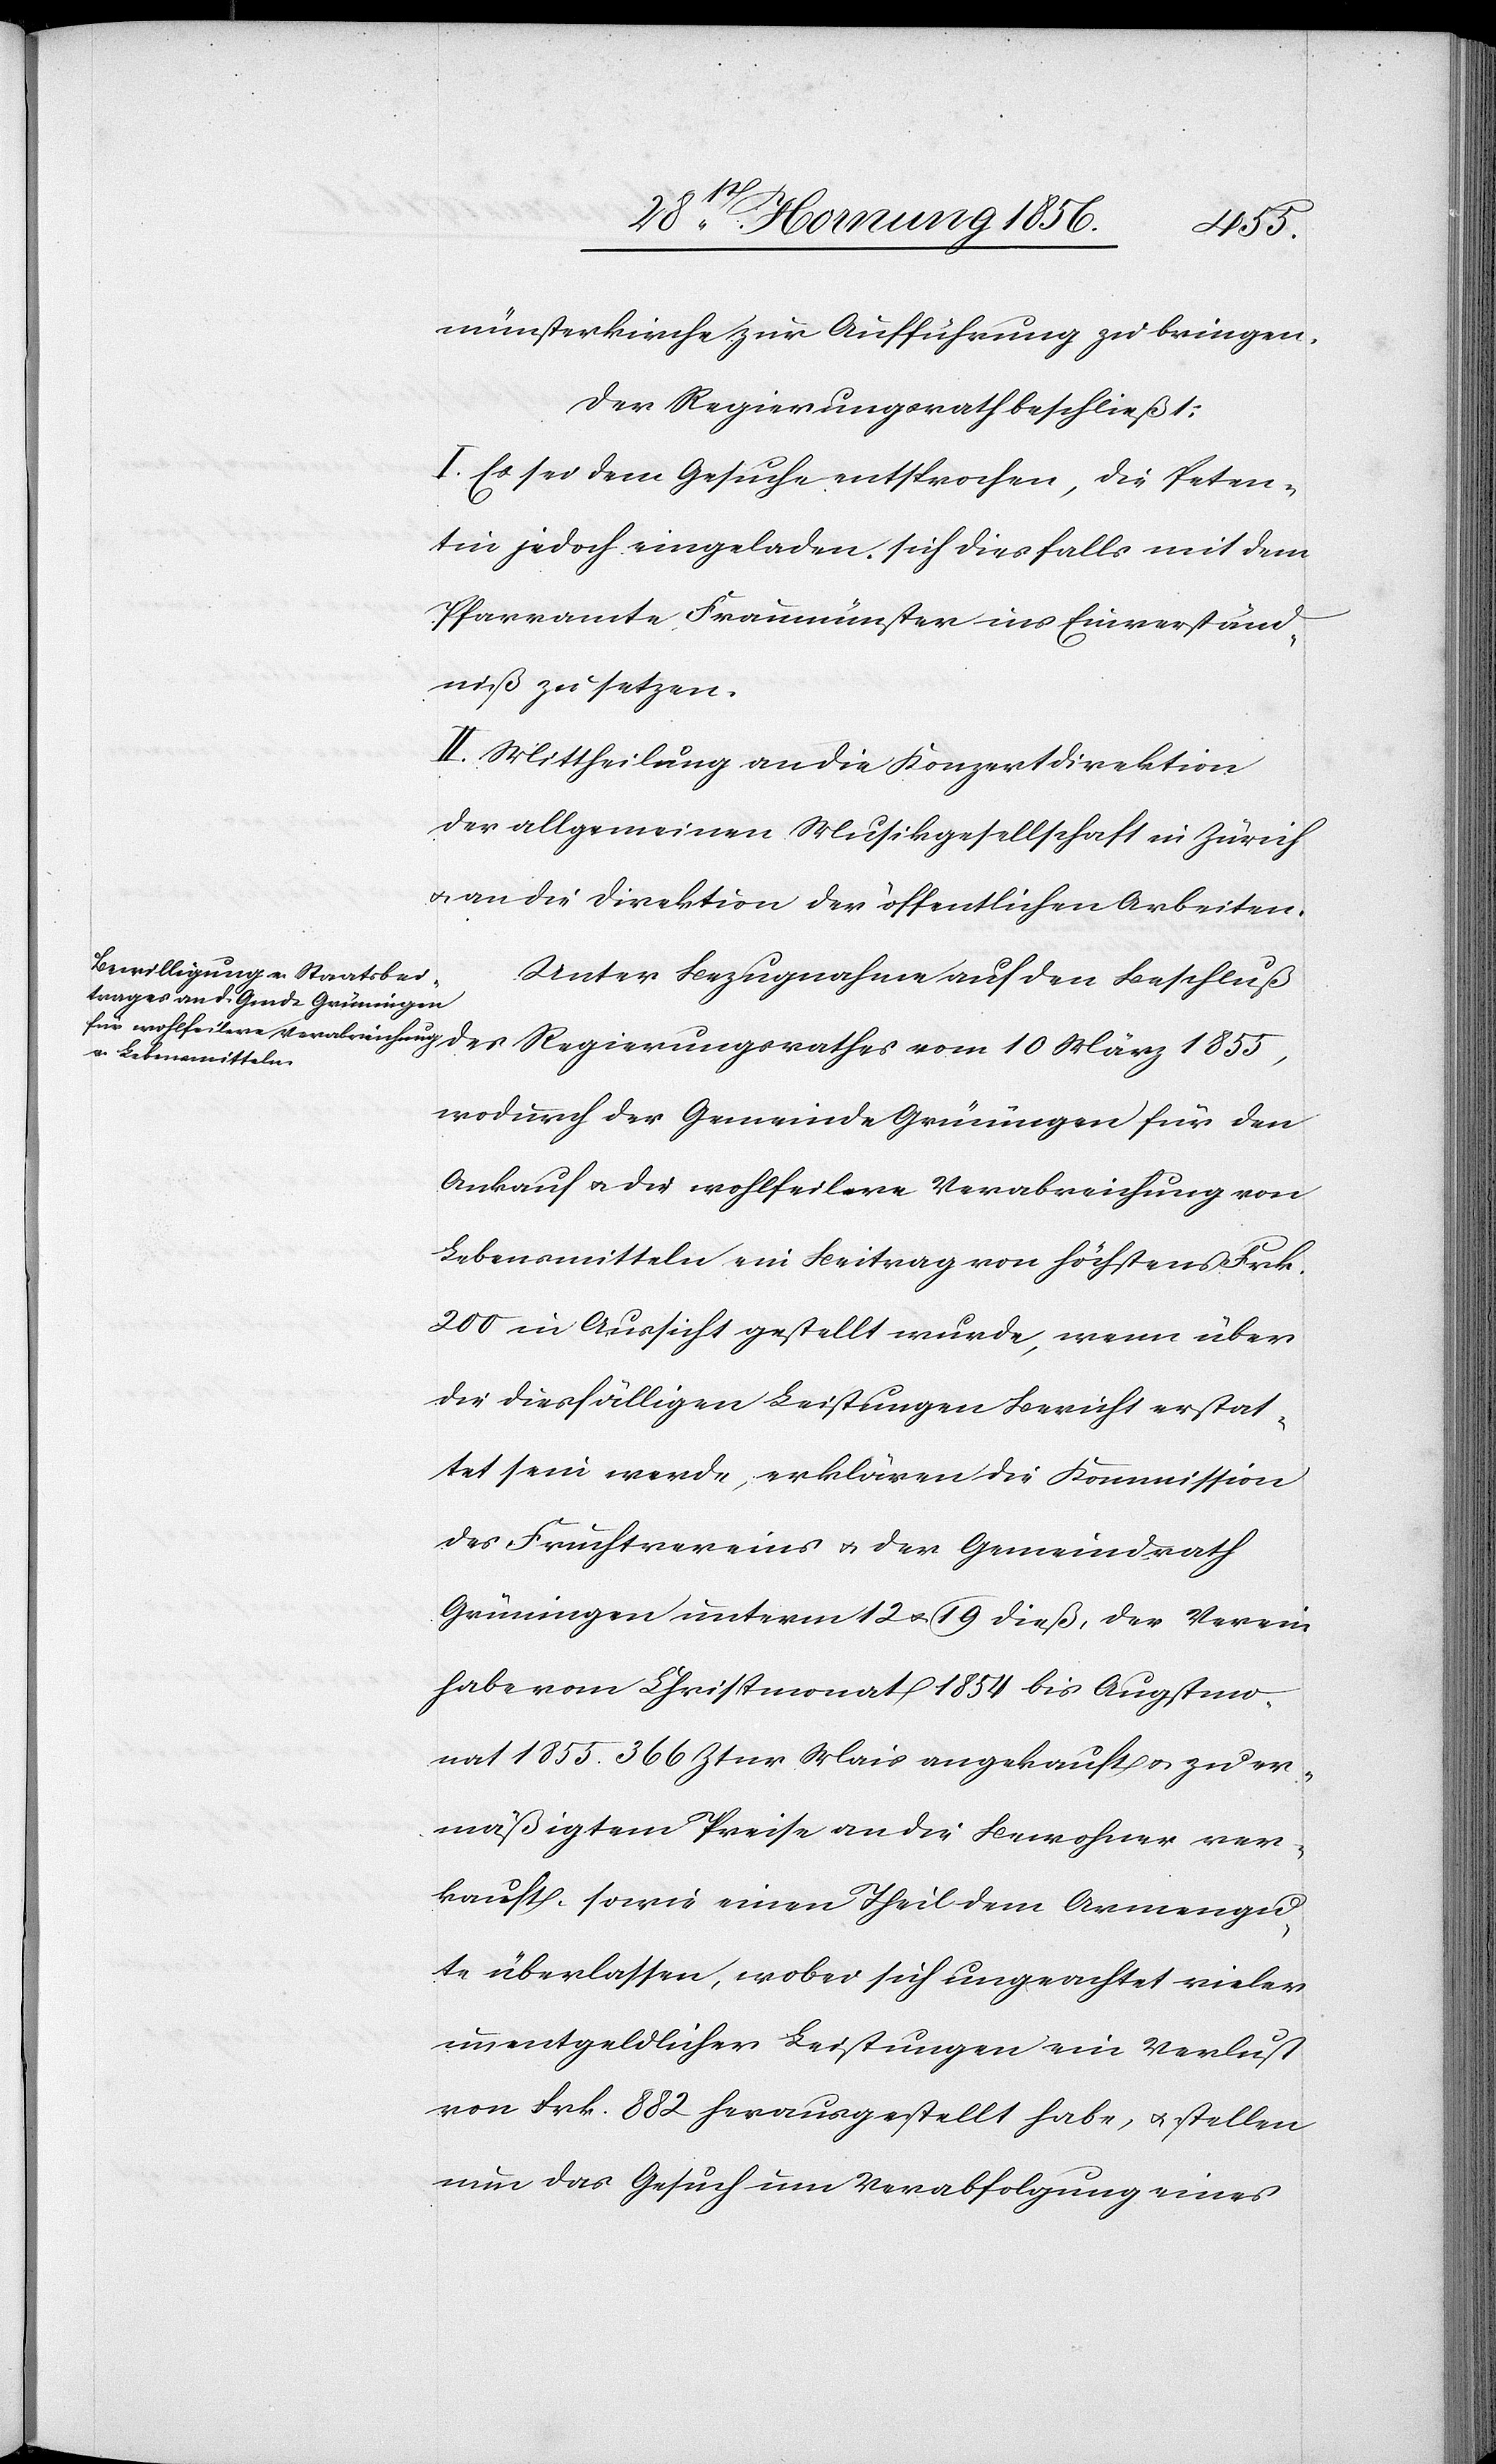
1855,
münsterkirche zur Aufführung zu bringen.
Der Regierungsrath beschließt:
I. Es sei dem Gesuche entsprochen, die Peten¬
tin jedoch eingeladen, sich diesfalls mit dem
Pfarramte Fraumünster ins Einverständ¬
niß zu setzen.
II. Mittheilung an die Konzertdirektion
der allgemeinen Musikgesellschaft in Zürich
u. an die Direktion der öffentlichen Arbeiten.
Unter Bezugnahme auf den Beschluß
wodurch der Gemeinde Grüningen für den
Ankauf u. die wohlfeilere Verabreichung von
Lebensmitteln ein Beitrag von höchstens Frk.
200 in Aussicht gestellt wurde, wenn über
die diesfälligen Leistungen Bericht erstat¬
tet sein werde, erklären die Kommission
des Fruchtvereins u. der Gemeindrath
Grüningen unterm 12 u. 19 dieß, der Verein
habe vom Christmonat 1854 bis Augstmo¬
nat 1855. 366 Ztnr Mais angekauft u. zu er¬
mäßigtem Preise an die Bewohner ver¬
kauft, sowie einen Theil dem Armengu¬
te überlassen, wobei sich ungeachtet vieler
unentgeldlicher Leistungen ein Verlust
von Frk. 882 herausgestellt habe, u. stellen
nun das Gesuch um Verabfolgung eines